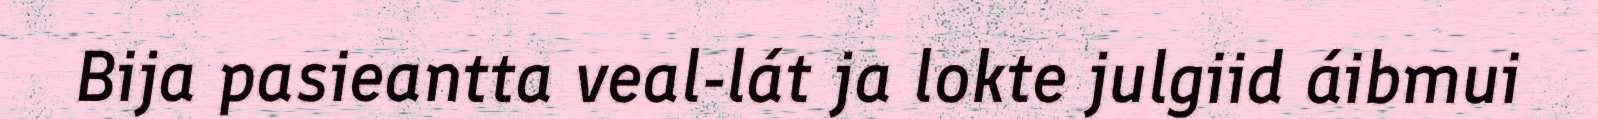
Bija pasieantta veal-lát ja lokte julgiid áibmui